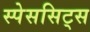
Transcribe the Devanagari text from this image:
स्पेससिट्स